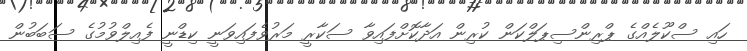
ހައި ސްކޫލެއްގެ ޕްރިންސިޕަލްކަން ކުރިން އަދާކޮށްފައިވާ ސަކާރީ މަރުވެފައިވަނީ ކިޑްނީ ފެއިލްވުމުގެ ސަބަބުން